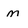
Character: m